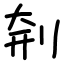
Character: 㓫